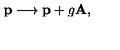
{ \bf p } \longrightarrow { \bf p } + g { \bf A } ,